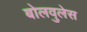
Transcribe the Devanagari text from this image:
बोलवुलेस